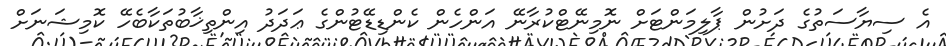
އެ ސިޔާސަތުގެ ދަށުން ޕާލިމަންޓަށް ނޮމިނޭޓްކުރާނޭ އަންހެން ކެންޑިޑޭޓުންގެ ޢަދަދު އިންތިޚާބުތަކާބެހޭ ކޮމިޝަނަށް